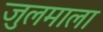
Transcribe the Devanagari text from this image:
जुलमाला